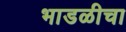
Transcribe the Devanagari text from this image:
भाडळीचा